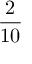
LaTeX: \frac { 2 } { 1 0 }